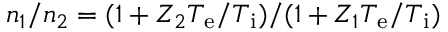
n _ { 1 } / n _ { 2 } = ( 1 + Z _ { 2 } T _ { \mathrm { e } } / T _ { \mathrm { i } } ) / ( 1 + Z _ { 1 } T _ { \mathrm { e } } / T _ { \mathrm { i } } )